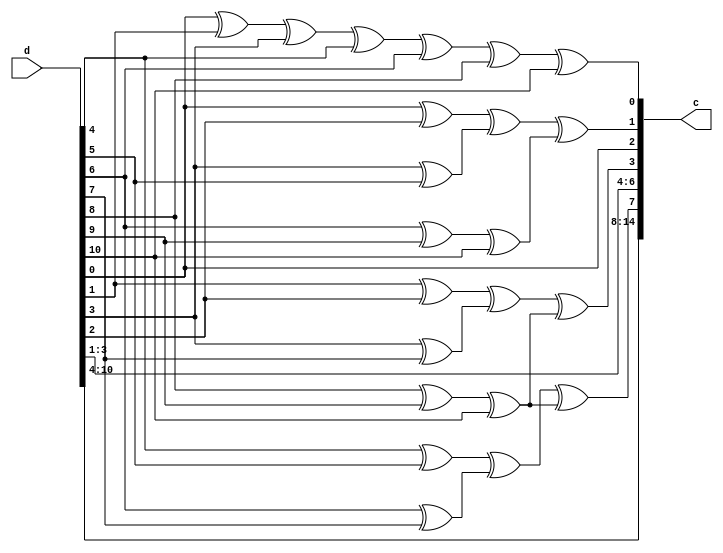
module ham_15_11_encoder (d,c);
	output reg [14:0] c;
	input [10:0] d;
	reg [3:0] p;
	always @(*)
	begin
		p[0]=d[0]^d[1]^d[3]^d[4]^d[6]^d[8]^d[10];
		p[1]=((d[0]^d[2])^(d[3]^d[5]))^((d[6]^d[9])^d[10]);
		p[2]=((d[1]^d[2])^(d[3]^d[7]))^((d[8]^d[9])^d[10]);
		p[3]=((d[4]^d[5])^(d[6]^d[7]))^((d[8]^d[9])^d[10]);
		c[2]=d[0];
		c[4]=d[1];
		c[5]=d[2];
		c[6]=d[3];
		c[8]=d[4];
		c[9]=d[5];
		c[10]=d[6];
		c[11]=d[7];
		c[12]=d[8];
		c[13]=d[9];
		c[14]=d[10];
		c[0]=p[0];
		c[1]=p[1];
		c[3]=p[2];
		c[7]=p[3];
	end
endmodule